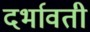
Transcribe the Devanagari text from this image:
दर्भावती